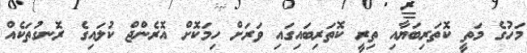
މަހުގެ މަތީ ކޮތަރިބަޔާއި ތިރީ ކޮތަރިބައިގައި ވަރަށް ހިމަކޮށް އޮރެންޖް ކުލައިގެ ރޮނގުތަކެއް